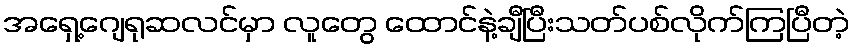
အရှေ့ဂျေရုဆလင်မှာ လူတွေ ထောင်နဲ့ချီပြီးသတ်ပစ်လိုက်ကြပြီတဲ့